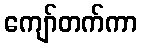
ကျော်တက်ကာ